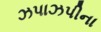
ઝપાઝપીના